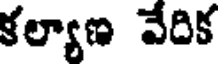
కల్యాణ వేదిక